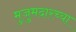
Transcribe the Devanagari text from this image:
मुजुमदारच्या